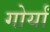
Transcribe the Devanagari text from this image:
गोर्यां